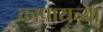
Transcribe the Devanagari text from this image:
कापायच्या